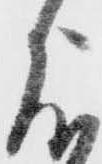
度